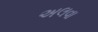
અલવા